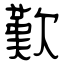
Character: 歎